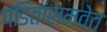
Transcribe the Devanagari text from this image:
पंडितांसमवेत